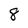
Character: 8